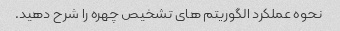
نحوه عملکرد الگوریتم های تشخیص چهره را شرح دهید.